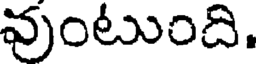
వుంటుంది.